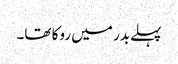
پہلے بدر میں روکا تھا۔